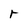
Character: r